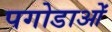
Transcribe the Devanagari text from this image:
पगोडाओं